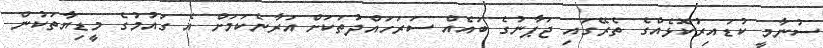
ސުނާމީ ކުޑައިރުކޮޅެއްގެ ތެރޭގައި ޖަޕާނުގެ ބައެއް ސަރަހައްދުތަކަށް އަރާނެކަމަށް އެ ގައުމުގެ މީޑިޔާތަކުން